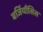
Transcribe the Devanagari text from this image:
बर्जियौसिस